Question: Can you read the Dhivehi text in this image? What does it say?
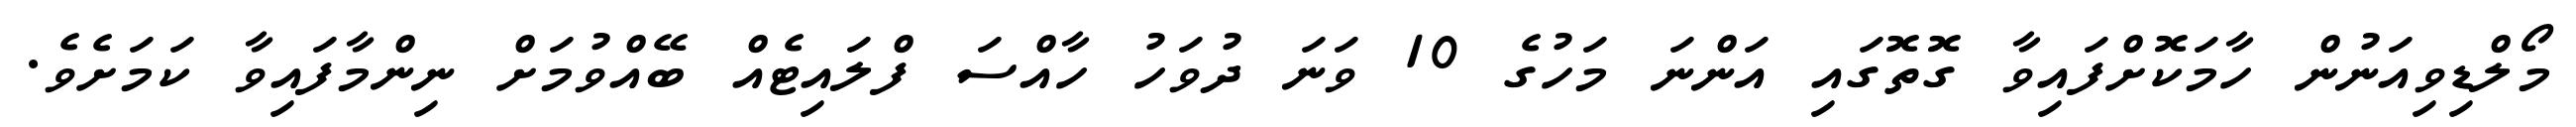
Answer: މޯލްޑިވިއަނުން ހާމަކޮށްފައިވާ ގޮތޮގައި އަންނަ މަހުގެ 10 ވަނަ ދުވަހު ހާއްސަ ފްލައިޓެއް ބޭއްވުމަށް ނިންމާފައިވާ ކަމަށެވެ.